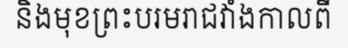
និងមុខព្រះបរមរាជវាំងកាលពី